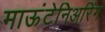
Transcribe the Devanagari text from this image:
माऊंटेनिअरिंग